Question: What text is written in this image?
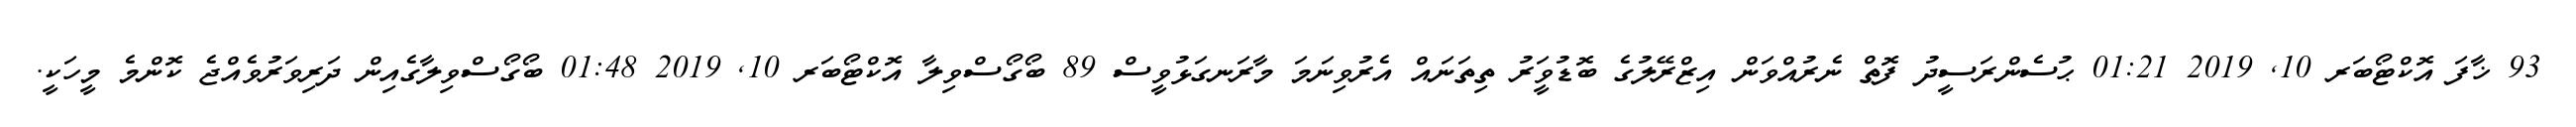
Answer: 93 ޚާފަ އޮކްޓޯބަރ 10, 2019 01:21 ޙުސެންރަސީދު ފޮތް ނެރުއްވަން އިޒްރޭލުގެ ބޮޑުވަީރު ތިތަނައް އެރުވިނަމަ މާރަނގަޅުވީސް 89 ބޯގޯސްވިލާ އޮކްޓޯބަރ 10, 2019 01:48 ބޯގޯސްވިލާގެއިން ދަރިވަރުވެއްޖެ ކޮންމެ މީހަކީ.